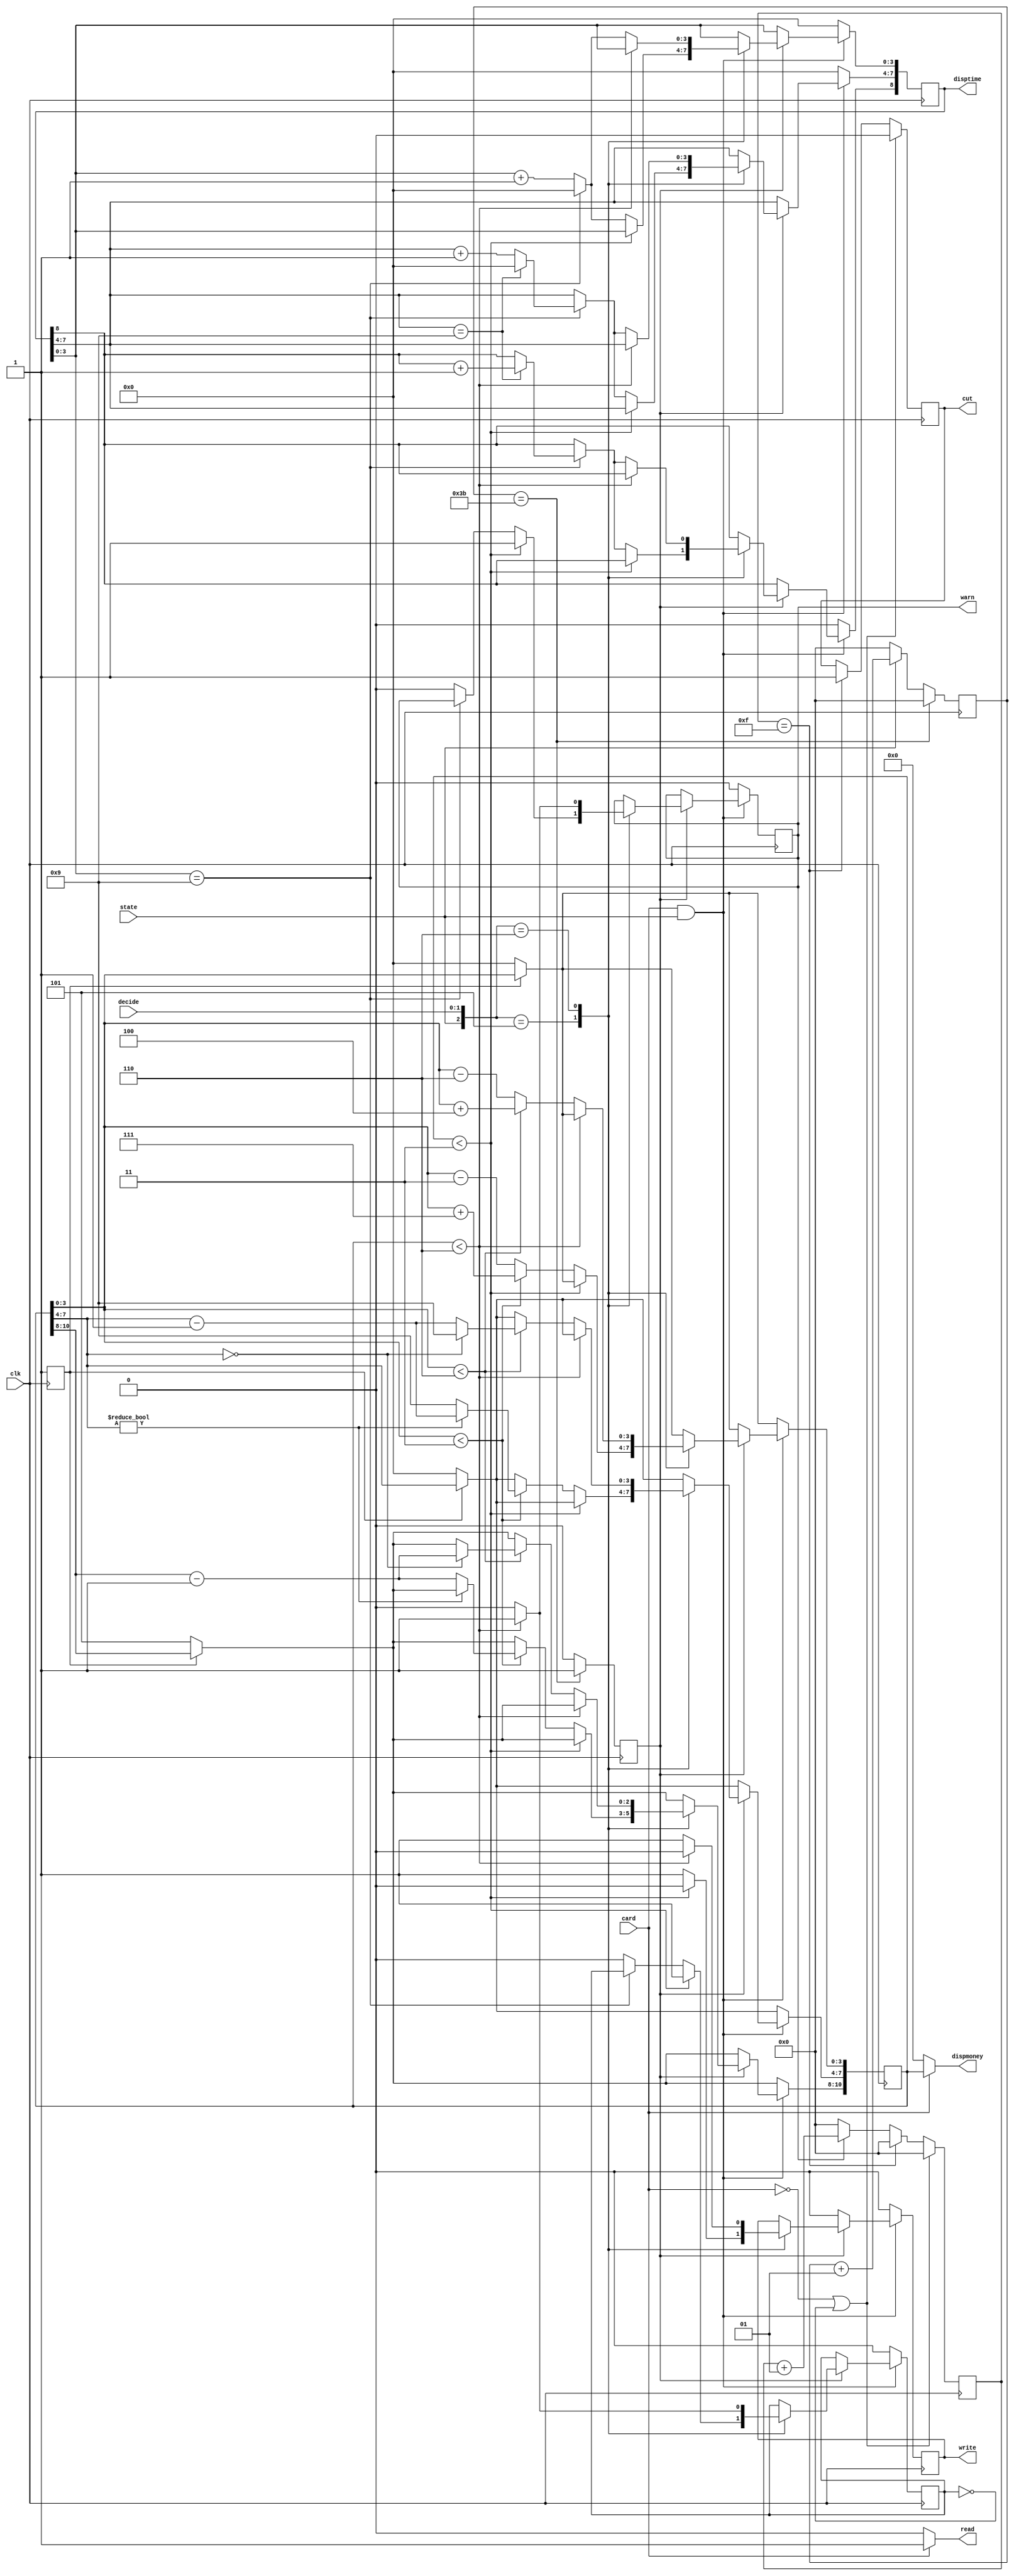
/**
	 11.9
*/

module account(state,clk,card,decide,disptime,dispmoney,
	write,read,warn,cut);
output write,read,warn,cut;
input state,clk,card;
input[2:1] decide;
output[10:0] dispmoney;
output[8:0] disptime;
reg[10:0] money;
reg[8:0] dtime;
reg warn,cut,write,t1m; //t1m 
reg set,reset_ena;
integer num1,temp;

assign dispmoney=card?money:0;
assign disptime=dtime;
assign read=card?1:0;

//
always @(posedge clk)
	begin
		if (num1==59) begin num1<=0; t1m<=1; end
		else begin
			if(state) num1<=num1+1;
			else num1<=0; t1m<=0;
		end
	end

always @(negedge clk) //
	begin
		if(!set)
		begin money<=11'h500; set<=1; end
		if(card&state)
		if(t1m)
		case({state,decide})
		3'b101: if(money<3)
			begin warn<=1; write<=0; reset_ena<=1; end
			else
			begin //
				if(money[3:0]<4'b0011)
				begin
					money[3:0]<=money[3:0]+7;
					if(money[7:4]!=0)
					money[7:4]<=money[7:4]-1;
					else
					begin money[7:4]<=9; money[10:8]<=money[10:8]-1; end
				end
				else money[3:0]<=money[3:0]-3; write<=1;
				//
				if(dtime[3:0]==9)
				begin
					dtime[3:0]<=0;
					if(dtime[7:4]==9)
					begin dtime[7:4]<=0; dtime[8]<=dtime[8]+1; end
					else dtime[7:4]<=dtime[7:4]+1;
				end
				else
				begin
					dtime[3:0]<=dtime[3:0]+1; warn<=0; reset_ena<=0;
				end
			end
		3'b110: if(money<6)
			begin warn<=1; write<=0; reset_ena<=1; end
			else begin
			//
				if(dtime[3:0]==9)
				begin
					dtime[3:0]<=0; if(dtime[7:4]==9)
					begin dtime[7:4]<=0; dtime[8]<=dtime[8]+1; end
					else dtime[7:4]<=dtime[7:4]+1;
				end
				else dtime[3:0]<=dtime[3:0]+1;
				//
				if(money[3:0]<4'b0110)
				begin
					money[3:0]<=money[3:0]+4;
					if(!money[7:4])
					begin money[7:4]<=9; money[10:8]<=money[10:8]-1; end
					else money[7:4]<=money[7:4]-1;
				end
				else money[3:0]<=money[3:0]-6;
				write<=1; reset_ena<=0; warn<=0;
			end
		endcase
		else write<=0;
		else begin dtime<=0; warn<=0; write<=0; reset_ena<=0; end
	//
	end

always @(posedge clk) //
	begin
		if(warn) temp<=temp+1;
		else temp<=0;
		if(temp==15)
		begin cut<=1; temp<=0; end
		if(!card||!reset_ena)
		begin
			cut<=0; // cut 
			temp<=0;
		end
	end
endmodule